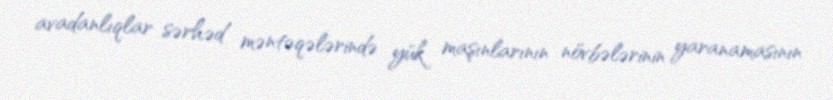
avadanlıqlar sərhəd məntəqələrində yük maşınlarının növbələrinin yaranamasının